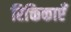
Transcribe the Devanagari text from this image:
रिक्तिकाएँ